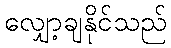
လျှော့ချနိုင်သည်